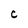
Character: C